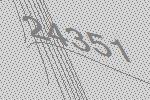
24351